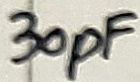
Text: 30pF